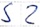
Text: S2